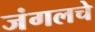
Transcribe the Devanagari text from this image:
जंगलचे